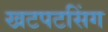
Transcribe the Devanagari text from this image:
खटपटसिंग